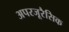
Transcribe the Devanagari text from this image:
अपरजूरैसिक